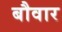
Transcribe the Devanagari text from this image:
बौवार